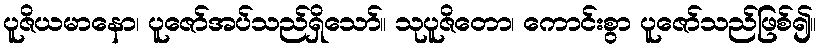
ပူဇိယမာနော၊ ပူဇော်အပ်သည်ရှိသော်။ သုပူဇိတော၊ ကောင်းစွာ ပူဇော်သည်ဖြစ်၍။